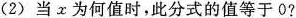
（2）当α为何值时，此分式的值等于0?(3)当x=2时，求此分式的值。